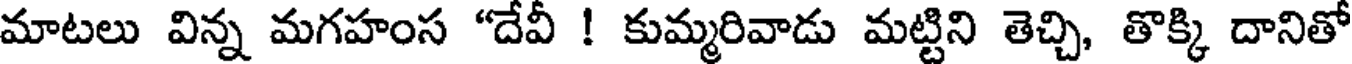
మాటలు విన్న మగహంస "దేవీ ! కుమ్మరివాడు మట్టిని తెచ్చి, తొక్కి దానితో